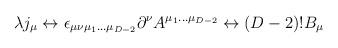
LaTeX: \begin{align*}\lambda j_{\mu} \leftrightarrow\epsilon_{\mu\nu\mu_{1}...\mu_{D-2}} \partial^{\nu}A^{\mu_{1}...\mu_{D-2}} \leftrightarrow (D-2)! B_{\mu}\end{align*}